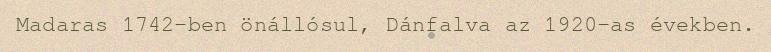
Madaras 1742-ben önállósul, Dánfalva az 1920-as években.